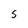
Character: S